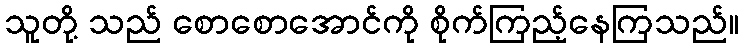
သူတို့ သည် စောစောအောင်ကို စိုက်ကြည့်နေကြသည်။